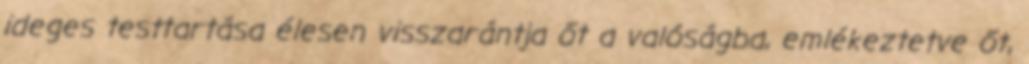
ideges testtartása élesen visszarántja őt a valóságba, emlékeztetve őt,